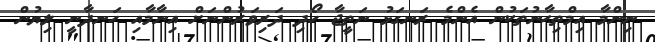
ނިންމާ އިމްތިޙާނުތަކުން އެންމެ ރަނގަޅު ނަތީޖާ ހޯދި ދަރިވަރުންނަށް އިނާމާއި ހަނދާނީ ލިޔުން